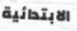
الابتدائية